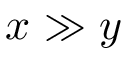
x \gg y